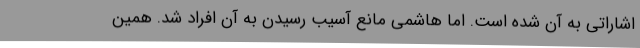
اشاراتی به آن شده است. اما هاشمی مانع آسیب رسیدن به آن افراد شد. همین